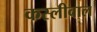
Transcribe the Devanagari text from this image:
कस्लीवाल